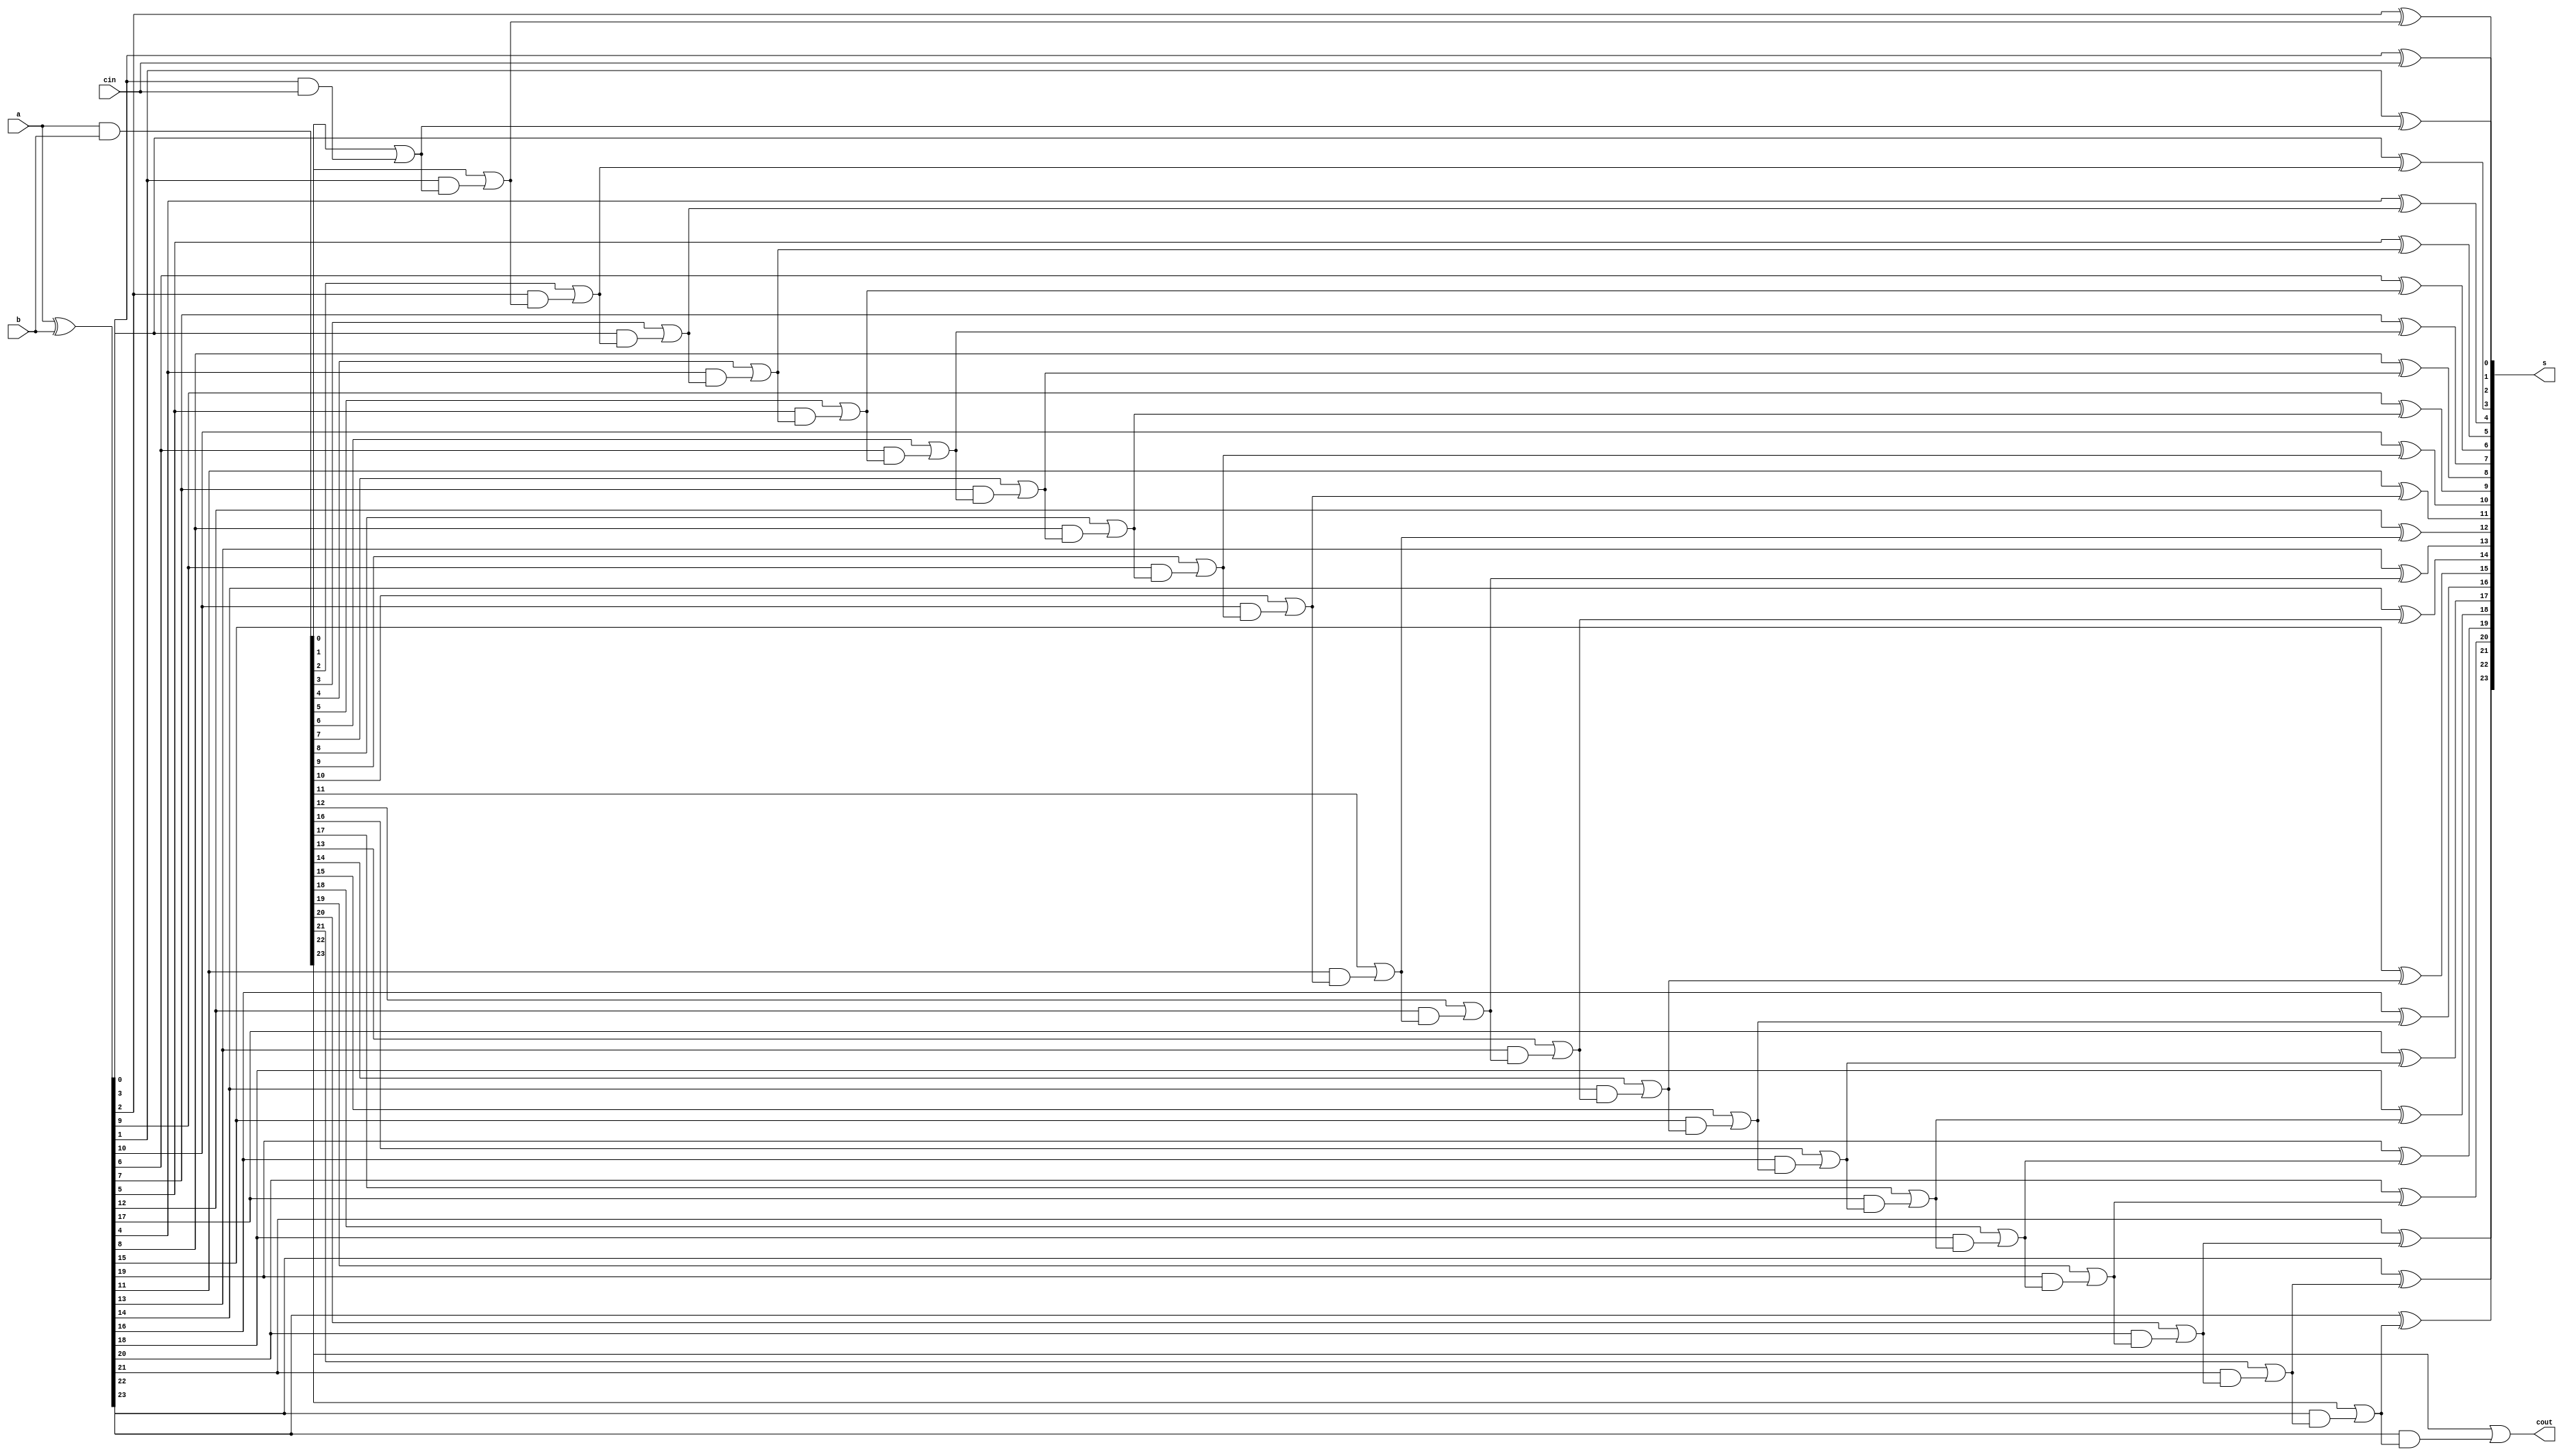
module cla24(cout,s,a,b,cin);
output [23:0]s;
output cout;
input [23:0]a,b;
input cin;
wire [23:0]g,p,c;
assign g=a&b;
assign p=a^b;
assign c[0]=g[0]|(p[0]&cin);
assign c[1]=g[1]|(p[1]&(g[0]|(p[0]&cin)));
assign c[2]=g[2]|(p[2]&(g[1]|(p[1]&(g[0]|(p[0]&cin)))));
assign c[3]=g[3]|(p[3]&(g[2]|(p[2]&(g[1]|(p[1]&(g[0]|(p[0]&cin)))))));
assign c[4]=g[4]|(p[4]&(g[3]|(p[3]&(g[2]|(p[2]&(g[1]|(p[1]&(g[0]|(p[0]&cin)))))))));

assign c[5]=g[5]|(p[5]&(g[4]|(p[4]&(g[3]|(p[3]&(g[2]|(p[2]&(g[1]|(p[1]&(g[0]|(p[0]&cin)))))))))));

assign c[6]=g[6]|(p[6]&(g[5]|(p[5]&(g[4]|(p[4]&(g[3]|(p[3]&(g[2]|(p[2]&(g[1]|(p[1]&(g[0]|(p[0]&cin)))))))))))));

assign c[7]=g[7]|(p[7]&(g[6]|(p[6]&(g[5]|(p[5]&(g[4]|(p[4]&(g[3]|(p[3]&(g[2]|(p[2]&(g[1]|(p[1]&(g[0]|(p[0]&cin)))))))))))))));

assign c[8]=g[8]|(p[8]&(g[7]|(p[7]&(g[6]|(p[6]&(g[5]|(p[5]&(g[4]|(p[4]&(g[3]|(p[3]&(g[2]|(p[2]&(g[1]|(p[1]&(g[0]|(p[0]&cin)))))))))))))))));

assign c[9]=g[9]|(p[9]&(g[8]|(p[8]&(g[7]|(p[7]&(g[6]|(p[6]&(g[5]|(p[5]&(g[4]|(p[4]&(g[3]|(p[3]&(g[2]|(p[2]&(g[1]|(p[1]&(g[0]|(p[0]&cin)))))))))))))))))));

assign c[10]=g[10]|(p[10]&(g[9]|(p[9]&(g[8]|(p[8]&(g[7]|(p[7]&(g[6]|(p[6]&(g[5]|(p[5]&(g[4]|(p[4]&(g[3]|(p[3]&(g[2]|(p[2]&(g[1]|(p[1]&(g[0]|(p[0]&cin)))))))))))))))))))));

assign c[11]=g[11]|(p[11]&(g[10]|(p[10]&(g[9]|(p[9]&(g[8]|(p[8]&(g[7]|(p[7]&(g[6]|(p[6]&(g[5]|(p[5]&(g[4]|(p[4]&(g[3]|(p[3]&(g[2]|(p[2]&(g[1]|(p[1]&(g[0]|(p[0]&cin)))))))))))))))))))))));

assign c[12]=g[12]|(p[12]&(g[11]|(p[11]&(g[10]|(p[10]&(g[9]|(p[9]&(g[8]|(p[8]&(g[7]|(p[7]&(g[6]|(p[6]&(g[5]|(p[5]&(g[4]|(p[4]&(g[3]|(p[3]&(g[2]|(p[2]&(g[1]|(p[1]&(g[0]|(p[0]&cin)))))))))))))))))))))))));

assign c[13]=g[13]|(p[13]&(g[12]|(p[12]&(g[11]|(p[11]&(g[10]|(p[10]&(g[9]|(p[9]&(g[8]|(p[8]&(g[7]|(p[7]&(g[6]|(p[6]&(g[5]|(p[5]&(g[4]|(p[4]&(g[3]|(p[3]&(g[2]|(p[2]&(g[1]|(p[1]&(g[0]|(p[0]&cin)))))))))))))))))))))))))));

assign c[14]=g[14]|(p[14]&(g[13]|(p[13]&(g[12]|(p[12]&(g[11]|(p[11]&(g[10]|(p[10]&(g[9]|(p[9]&(g[8]|(p[8]&(g[7]|(p[7]&(g[6]|(p[6]&(g[5]|(p[5]&(g[4]|(p[4]&(g[3]|(p[3]&(g[2]|(p[2]&(g[1]|(p[1]&(g[0]|(p[0]&cin)))))))))))))))))))))))))))));

assign c[15]=g[15]|(p[15]&(g[14]|(p[14]&(g[13]|(p[13]&(g[12]|(p[12]&(g[11]|(p[11]&(g[10]|(p[10]&(g[9]|(p[9]&(g[8]|(p[8]&(g[7]|(p[7]&(g[6]|(p[6]&(g[5]|(p[5]&(g[4]|(p[4]&(g[3]|(p[3]&(g[2]|(p[2]&(g[1]|(p[1]&(g[0]|(p[0]&cin)))))))))))))))))))))))))))))));

assign c[16]=g[16]|(p[16]&(g[15]|(p[15]&(g[14]|(p[14]&(g[13]|(p[13]&(g[12]|(p[12]&(g[11]|(p[11]&(g[10]|(p[10]&(g[9]|(p[9]&(g[8]|(p[8]&(g[7]|(p[7]&(g[6]|(p[6]&(g[5]|(p[5]&(g[4]|(p[4]&(g[3]|(p[3]&(g[2]|(p[2]&(g[1]|(p[1]&(g[0]|(p[0]&cin)))))))))))))))))))))))))))))))));

assign c[17]=g[17]|(p[17]&(g[16]|(p[16]&(g[15]|(p[15]&(g[14]|(p[14]&(g[13]|(p[13]&(g[12]|(p[12]&(g[11]|(p[11]&(g[10]|(p[10]&(g[9]|(p[9]&(g[8]|(p[8]&(g[7]|(p[7]&(g[6]|(p[6]&(g[5]|(p[5]&(g[4]|(p[4]&(g[3]|(p[3]&(g[2]|(p[2]&(g[1]|(p[1]&(g[0]|(p[0]&cin)))))))))))))))))))))))))))))))))));

assign c[18]=g[18]|(p[18]&(g[17]|(p[17]&(g[16]|(p[16]&(g[15]|(p[15]&(g[14]|(p[14]&(g[13]|(p[13]&(g[12]|(p[12]&(g[11]|(p[11]&(g[10]|(p[10]&(g[9]|(p[9]&(g[8]|(p[8]&(g[7]|(p[7]&(g[6]|(p[6]&(g[5]|(p[5]&(g[4]|(p[4]&(g[3]|(p[3]&(g[2]|(p[2]&(g[1]|(p[1]&(g[0]|(p[0]&cin)))))))))))))))))))))))))))))))))))));

assign c[19]=g[19]|(p[19]&(g[18]|(p[18]&(g[17]|(p[17]&(g[16]|(p[16]&(g[15]|(p[15]&(g[14]|(p[14]&(g[13]|(p[13]&(g[12]|(p[12]&(g[11]|(p[11]&(g[10]|(p[10]&(g[9]|(p[9]&(g[8]|(p[8]&(g[7]|(p[7]&(g[6]|(p[6]&(g[5]|(p[5]&(g[4]|(p[4]&(g[3]|(p[3]&(g[2]|(p[2]&(g[1]|(p[1]&(g[0]|(p[0]&cin)))))))))))))))))))))))))))))))))))))));

assign c[20]=g[20]|(p[20]&(g[19]|(p[19]&(g[18]|(p[18]&(g[17]|(p[17]&(g[16]|(p[16]&(g[15]|(p[15]&(g[14]|(p[14]&(g[13]|(p[13]&(g[12]|(p[12]&(g[11]|(p[11]&(g[10]|(p[10]&(g[9]|(p[9]&(g[8]|(p[8]&(g[7]|(p[7]&(g[6]|(p[6]&(g[5]|(p[5]&(g[4]|(p[4]&(g[3]|(p[3]&(g[2]|(p[2]&(g[1]|(p[1]&(g[0]|(p[0]&cin)))))))))))))))))))))))))))))))))))))))));

assign c[21]=g[21]|(p[21]&(g[20]|(p[20]&(g[19]|(p[19]&(g[18]|(p[18]&(g[17]|(p[17]&(g[16]|(p[16]&(g[15]|(p[15]&(g[14]|(p[14]&(g[13]|(p[13]&(g[12]|(p[12]&(g[11]|(p[11]&(g[10]|(p[10]&(g[9]|(p[9]&(g[8]|(p[8]&(g[7]|(p[7]&(g[6]|(p[6]&(g[5]|(p[5]&(g[4]|(p[4]&(g[3]|(p[3]&(g[2]|(p[2]&(g[1]|(p[1]&(g[0]|(p[0]&cin)))))))))))))))))))))))))))))))))))))))))));

assign c[22]=g[22]|(p[22]&(g[21]|(p[21]&(g[20]|(p[20]&(g[19]|(p[19]&(g[18]|(p[18]&(g[17]|(p[17]&(g[16]|(p[16]&(g[15]|(p[15]&(g[14]|(p[14]&(g[13]|(p[13]&(g[12]|(p[12]&(g[11]|(p[11]&(g[10]|(p[10]&(g[9]|(p[9]&(g[8]|(p[8]&(g[7]|(p[7]&(g[6]|(p[6]&(g[5]|(p[5]&(g[4]|(p[4]&(g[3]|(p[3]&(g[2]|(p[2]&(g[1]|(p[1]&(g[0]|(p[0]&cin)))))))))))))))))))))))))))))))))))))))))))));

assign c[23]=g[23]|(p[23]&(g[22]|(p[22]&(g[21]|(p[21]&(g[20]|(p[20]&(g[19]|(p[19]&(g[18]|(p[18]&(g[17]|(p[17]&(g[16]|(p[16]&(g[15]|(p[15]&(g[14]|(p[14]&(g[13]|(p[13]&(g[12]|(p[12]&(g[11]|(p[11]&(g[10]|(p[10]&(g[9]|(p[9]&(g[8]|(p[8]&(g[7]|(p[7]&(g[6]|(p[6]&(g[5]|(p[5]&(g[4]|(p[4]&(g[3]|(p[3]&(g[2]|(p[2]&(g[1]|(p[1]&(g[0]|(p[0]&cin)))))))))))))))))))))))))))))))))))))))))))))));

assign cout=c[23];
assign s[0]=p[0]^cin;
assign s[1]=p[1]^c[0];
assign s[2]=p[2]^c[1];
assign s[3]=p[3]^c[2];
assign s[4]=p[4]^c[3];
assign s[5]=p[5]^c[4];
assign s[6]=p[6]^c[5];
assign s[7]=p[7]^c[6];
assign s[8]=p[8]^c[7];
assign s[9]=p[9]^c[8];
assign s[10]=p[10]^c[9];
assign s[11]=p[11]^c[10]; 
assign s[12]=p[12]^c[11];
assign s[13]=p[13]^c[12];
assign s[14]=p[14]^c[13];
assign s[15]=p[15]^c[14];
assign s[16]=p[16]^c[15];
assign s[17]=p[17]^c[16];
assign s[18]=p[18]^c[17];
assign s[19]=p[19]^c[18];
assign s[20]=p[20]^c[19];
assign s[21]=p[21]^c[20];
assign s[22]=p[22]^c[21];
assign s[23]=p[23]^c[22];

endmodule